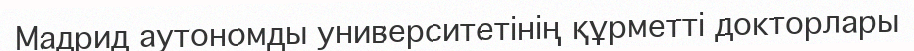
Мадрид аутономды университетінің құрметті докторлары